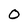
Character: 0